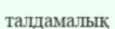
талдамалық